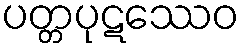
ပတ္တပုဋဿေဝ